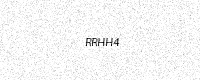
Text: RRHH4